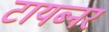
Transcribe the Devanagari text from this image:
टायब्नर